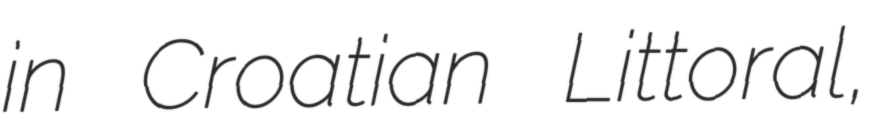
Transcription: in Croatian Littoral,